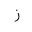
Letter: _zay